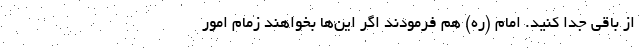
از باقی جدا کنید. امام (ره) هم فرمودند اگر این‌ها بخواهند زمام امور